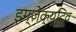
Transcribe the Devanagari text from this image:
इग्ज़ेक्युटिव